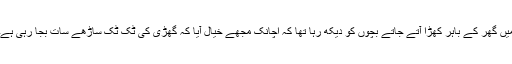
مَیں گھر کے باہر کھڑا آتے جاتے بچوں کو دیکھ رہا تھا کہ اچانک مجھے خیال آیا کہ گھڑی کی ٹِک ٹِک ساڑھے سات بجا رہی ہے۔